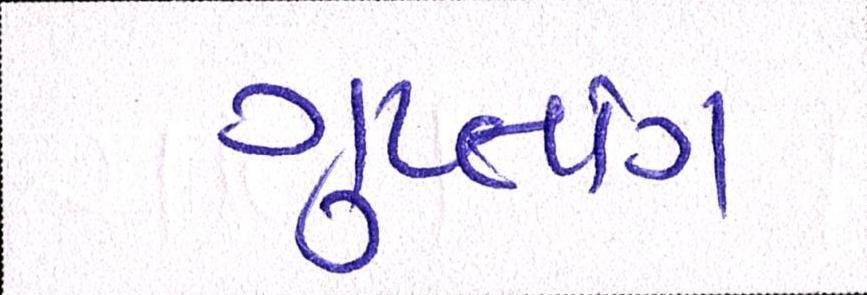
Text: ગુપ્તાંગ